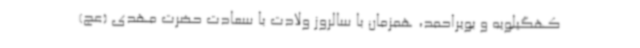
کهگیلویه و بویراحمد، همزمان با سالروز ولادت با سعادت حضرت مهدی (عج)